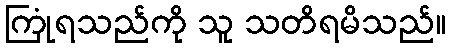
ကြုံရသည်ကို သူ သတိရမိသည်။